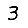
Digit: 3